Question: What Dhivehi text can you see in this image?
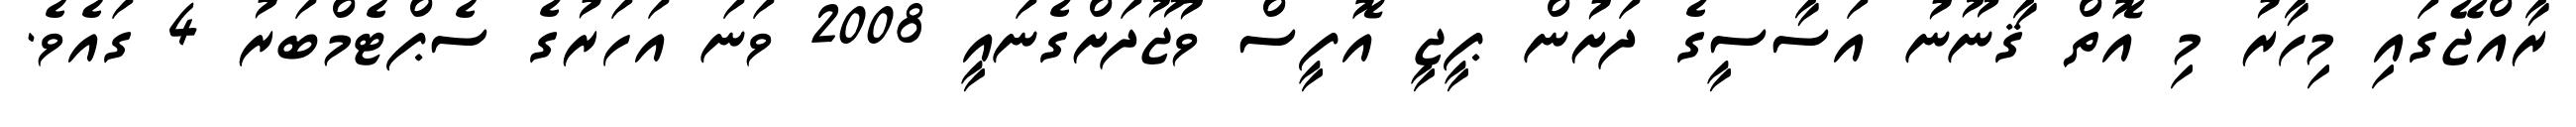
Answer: ރާއްޖޭގައި މިހާރު މި އޮތް ޤާނޫނު އަސާސީގެ ދަށުން ޕީޖީ އޮފީސް ވުޖޫދަށްގެނައީ 2008 ވަނަ އަހަރުގެ ސެޕްޓެމްބަރު 4 ގައެވެ.